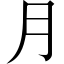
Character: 月